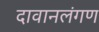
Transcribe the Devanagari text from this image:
दावानलंगण